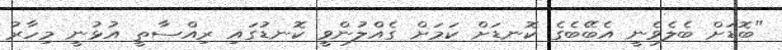
"ބޮޑަށް ބެލެވެނީ އެބޭބެގެ ކޮނޑަށް ކަމަށް ގެއްލުންވީ ކޮނޑުގައި ރިއްސާތީ އުޅުނީ މިހާރު